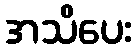
အသိပေး